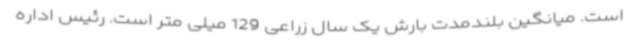
است. میانگین بلندمدت بارش یک سال زراعی 129 میلی متر است. رئیس اداره